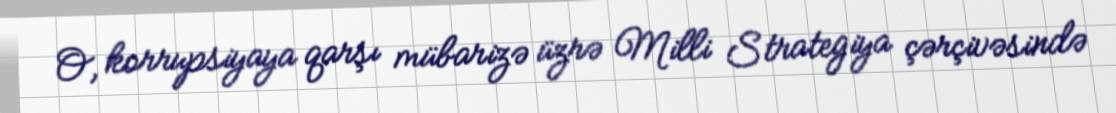
O, korrupsiyaya qarşı mübarizə üzrə Milli Strategiya çərçivəsində